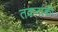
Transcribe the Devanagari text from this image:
तकनाकी